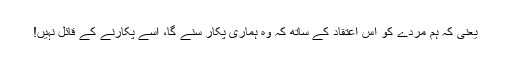
یعنی کہ ہم مردے کو اس اعتقاد کے ساتھ کہ وہ ہماری پکار سنے گا، اسے پکارنے کے قائل نہیں!